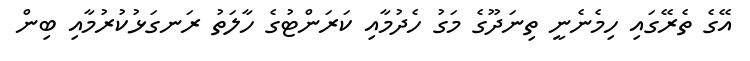
އޭގެ ތެރޭގައި ހިމެނެނީ ތިނަދޫގެ މަގު ހެދުމާއި ކަރަންޓުގެ ހާލަތު ރަނގަޅުކުރުމާއި ބިން